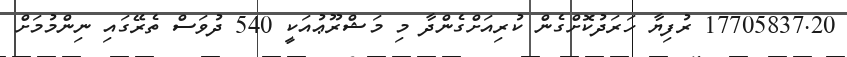
17705837.20 ރުފިޔާ ހަރަދުކޮށްގެން ކުރިއަށްގެންދާ މި މަޝްރޫޢުއަކީ 540 ދުވަސް ތެރޭގައި ނިންމުމަށް